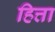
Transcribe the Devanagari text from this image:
हित्ता